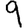
Digit: 9